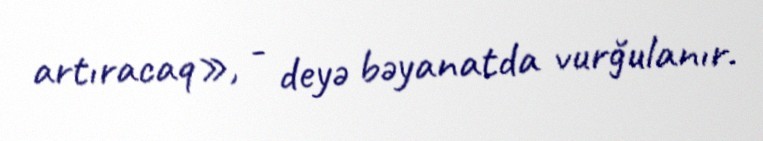
artıracaq», - deyə bəyanatda vurğulanır.